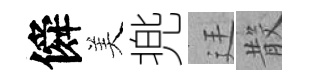
僢美兠廷𣪚